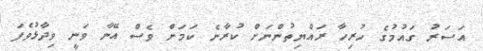
އަސަރު ގައުމުގެ ހުރިހާ ރައްޔިތުންނަށް ކުރާނެ ކަމަށް ވެސް އޭނާ ވަނީ ވިދާޅުވެފަ